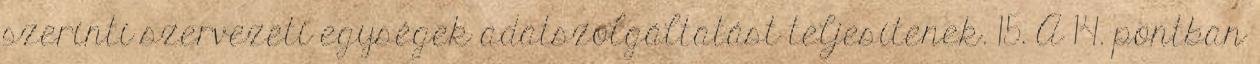
szerinti szervezeti egységek adatszolgáltatást teljesítenek. 15. A 14. pontban